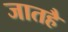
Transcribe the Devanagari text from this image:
जातहै